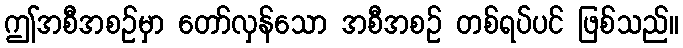
ဤအစီအစဉ်မှာ တော်လှန်သော အစီအစဉ် တစ်ရပ်ပင် ဖြစ်သည်။